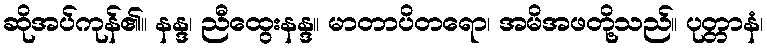
ဆိုအပ်ကုန်၏။ နန္ဒ၊ ညီထွေးနန္ဒ။ မာတာပိတရော၊ အမိအဖတို့သည်။ ပုတ္တာနံ၊